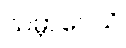
သမ္ဘာဝေသိ